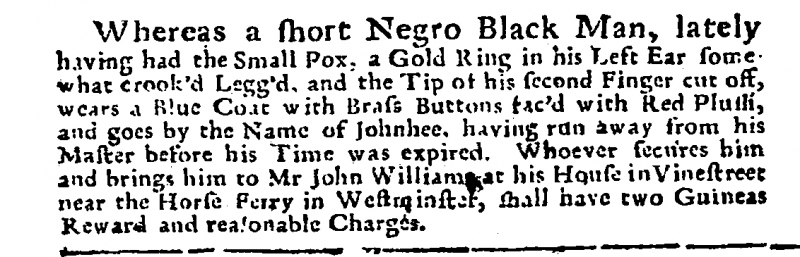
Post Man and the Historical Account, 9 February 1716 (England)
Whereas a short Negro Black Man, lately having had the Small Pox, a Gold Ring in his Left Ear somewhat crook’d Legg’d, and the Tip of his second Finger cut off, wears a Blue Coat with Brass Buttons fac’d with Red Plush, and goes by the Name of Johnhee, having run away from his Master before his Time was expired. Whoever secures him and brings him to Mr John Williams at his House in Vinestreet near the Horse Ferry in Westminster, shall have two Guineas Reward and reasonable Charges.